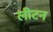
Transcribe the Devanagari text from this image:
लीटन